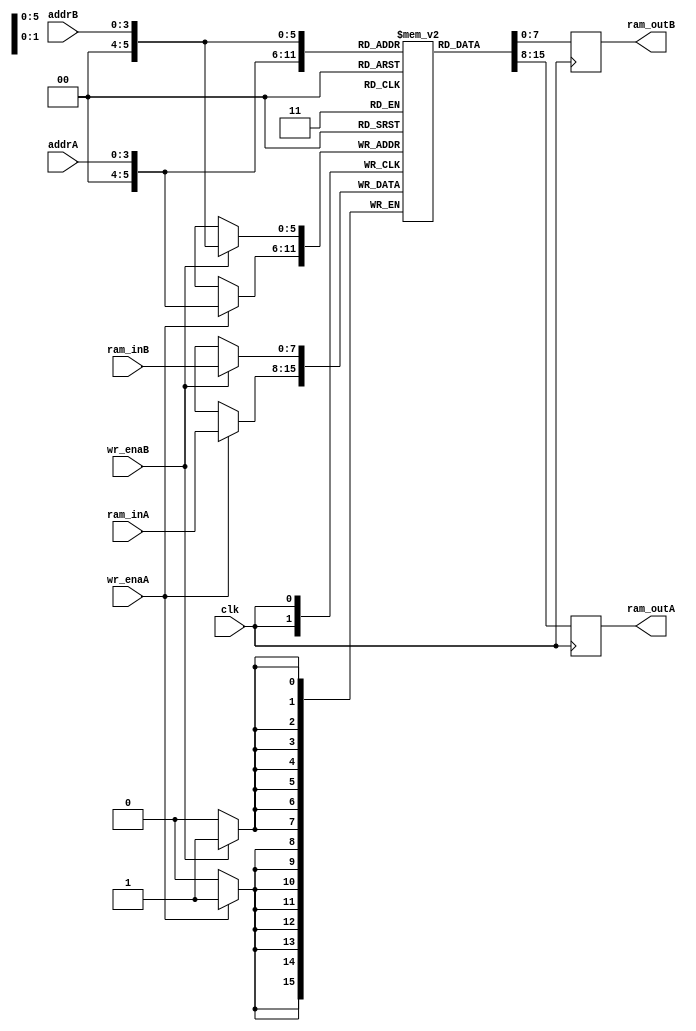
module Ram
  #(
      parameter ADDR_WIDTH = 4,
      parameter DATA_WIDTH = 8,
      parameter MEM_DEPTH = 64
  )(
//------------Input Ports------------
  input clk,
  input[ADDR_WIDTH-1:0] addrA,
  input[ADDR_WIDTH-1:0] addrB,
  input wr_enaA,
  input wr_enaB,
  input[DATA_WIDTH-1:0] ram_inA,
  input[DATA_WIDTH-1:0] ram_inB,
//------------Output Ports-----------
  output reg[DATA_WIDTH-1:0] ram_outA,
  output reg[DATA_WIDTH-1:0] ram_outB
  );
  
//------------Reg/ Wires-------------
  reg [DATA_WIDTH-1:0] mem [0:MEM_DEPTH-1];
  
  always@(posedge clk)
  begin:Port_One
    if(wr_enaA == 1'b1)
    begin:MEM_WRITE
        mem[addrA] <= ram_inA;
    end       
    //MEM_READ
    ram_outA <= mem[addrA];  
  end
  
  always@(posedge clk)
  begin:Port_Two
    if(wr_enaB == 1'b1)
    begin:MEM_WRITE
        mem[addrB] <= ram_inB;
    end       
    //MEM_READ
    ram_outB <= mem[addrB];  
  end
   
endmodule